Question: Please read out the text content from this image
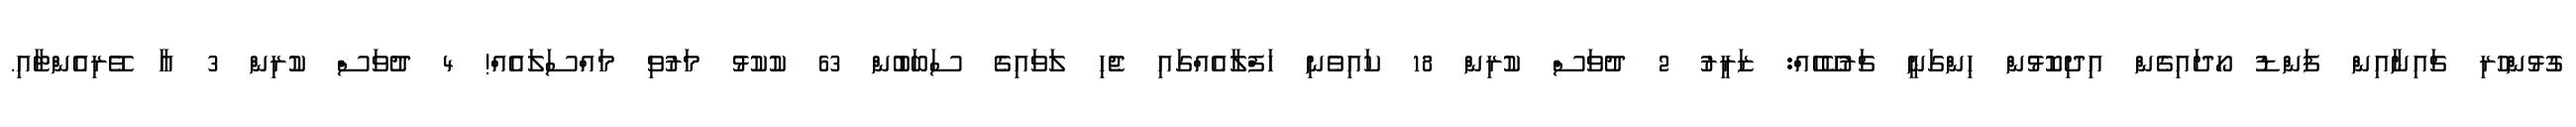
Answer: ގުޅުންހުރި ޗައިނާއިން ފަންޑު ހޯދައިގެން އިދިކޮޅުން ހިންގަނީ ޗަރުކޭހެއް: ޒަރީރު 2 ދުވަސް ކުރިން 18 ކައިވެނި ހަފްލާއެއްގައި ޖެހި ލަވައިގެ ސަބަބުން 63 ކުކުޅު މަރުވި މައްސަލައެއް! 4 ދުވަސް ކުރިން 3 އާ ވޭރިއެންޓާއި.